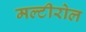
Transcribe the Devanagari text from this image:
मल्टीरोल